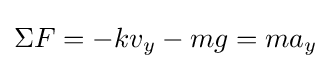
\Sigma F=-kv_{y}-mg=ma_{y}